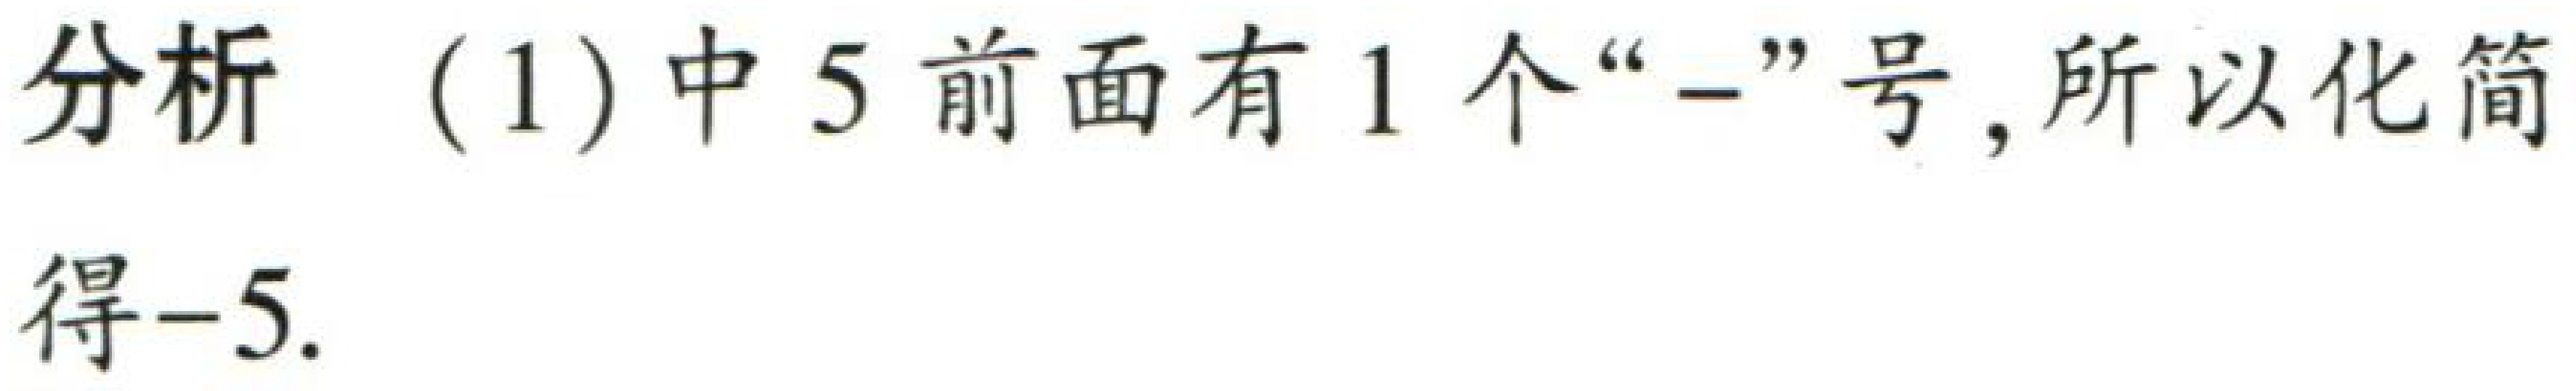
分析 (1) 中 5 前面有 1 个“-”号, 所以化简
得$-5$.